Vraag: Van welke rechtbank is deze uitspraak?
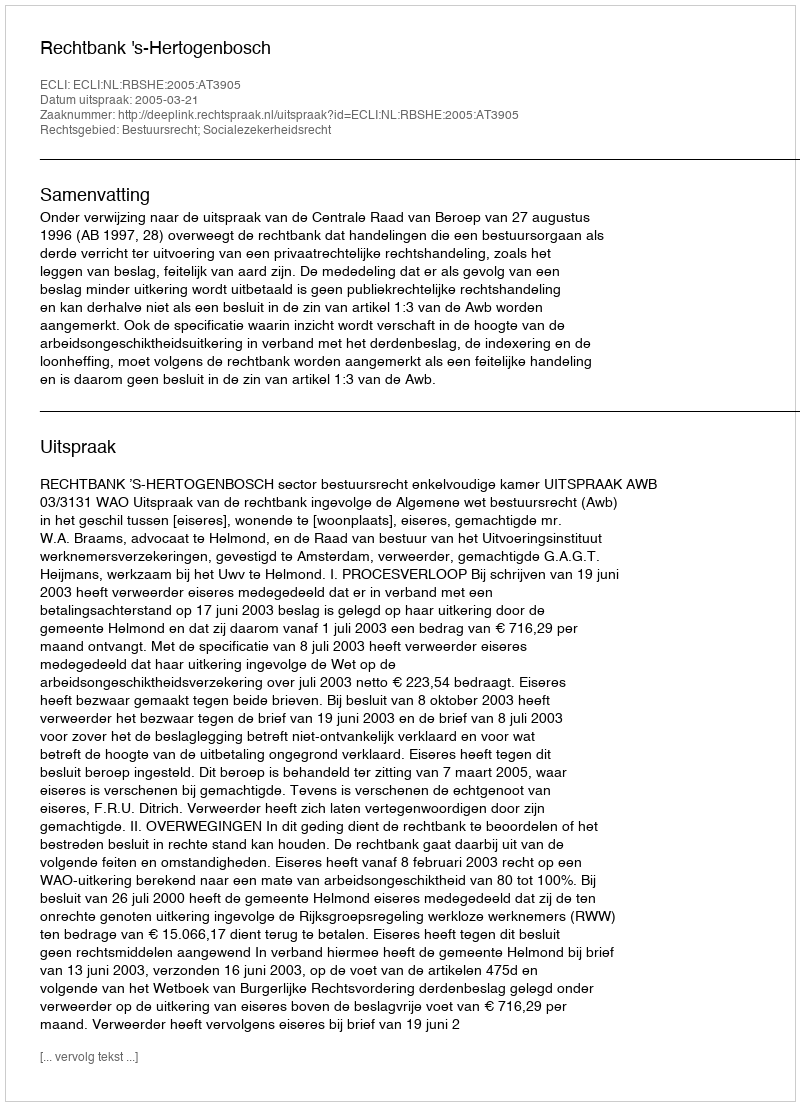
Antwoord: Rechtbank 's-Hertogenbosch